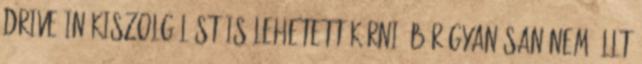
drive-in kiszolgálást is lehetett kérni. Bár gyanúsan nem állt